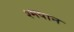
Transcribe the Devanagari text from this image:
श्मषान